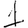
Digit: 1